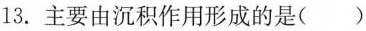
13.主要由沉积作用形成的是 ( )